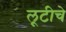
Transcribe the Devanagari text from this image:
लूटीचे